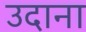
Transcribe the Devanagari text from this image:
उदाना